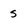
Character: s